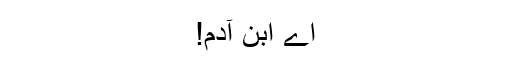
اے ابن آدم!